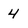
Character: 4